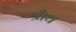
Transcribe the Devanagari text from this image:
श्रौथ